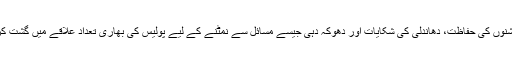
پولنگ اسٹیشنوں کی حفاظت، دھاندلی کی شکایات اور دھوکہ دہی جیسے مسائل سے نمٹنے کے لیے پولیس کی بھاری تعداد علاقے میں گشت کر رہی ہے۔